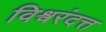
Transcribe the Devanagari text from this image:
विश्वरंदत्त